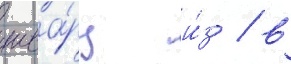
шва́рц и́з / в